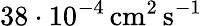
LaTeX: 38\cdot 10^{-4}\, \mathrm{cm^{2}\, s^{-1}}